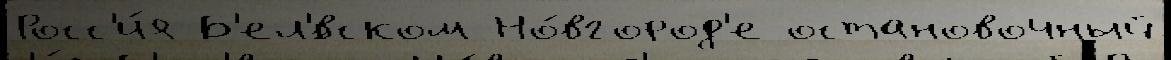
Росс'и́я Б'ел'́вском Но́вгород'е остановочный